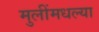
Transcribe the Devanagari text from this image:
मुलींमधल्या